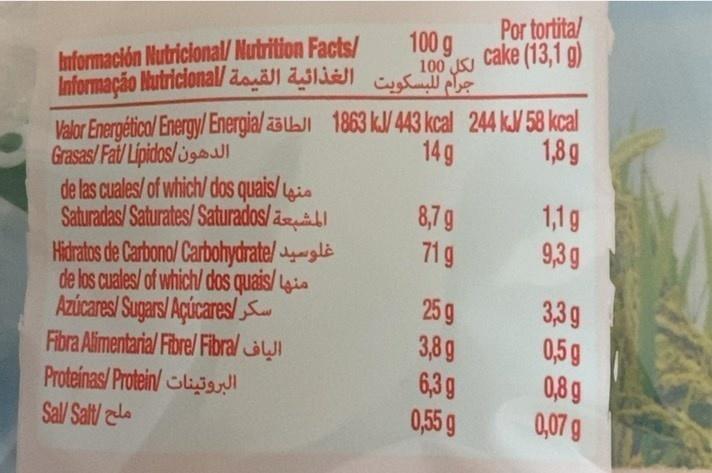
Información Nutricional/ Nutrition Facts/ Informação Hutriclonal/ doä 2313) u
Por tortital 100 g cake (13,1 g) 100 JSJ
Valor Energética/ Energy/ Energia/ 23 LJI 1863 kV 443 kcal 244 kW 58 kcal Grasas/ Fat/ Lipidos/ugl de las cuales/ of which/ dos quais/is Saturadas/ Saturates/Saturados/al Hidratos de Carbono/ Carbohydrate/gle de los cuales/ of which/ dos quais/ia Azúcares/ Sugars/ Aúcares/ Fibra Alimentaria/ Fibre/ Fibral uI Proteinas/ Protein/lis Sal/ Salt/la
14g
1,8g
8,7 g 71g
1,1g 9,3g
25 g 3,8 g 6,3 g 0,5g
3,3g 0,5g 0,8 g 0,07 g